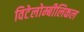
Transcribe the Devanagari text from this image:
विटेलोम्बीलिकल